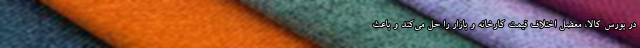
در بورس کالا، معضل اختلاف قیمت کارخانه و بازار را حل می‌کند و باعث